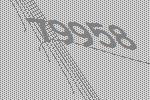
79958